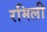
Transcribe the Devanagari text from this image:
रमिली